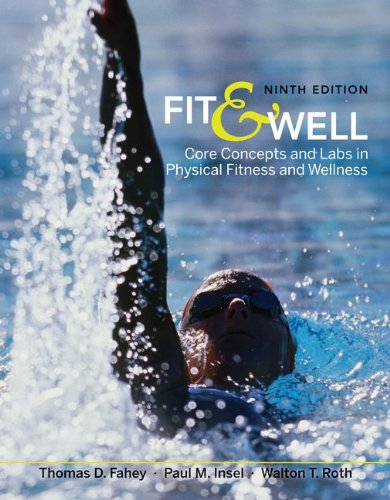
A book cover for Fit & Well: Core Concepts and Labs in Physical Fitness and Wellness; Thomas Fahey; Health, Fitness & Dieting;